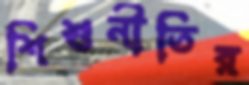
শিশুনীতির